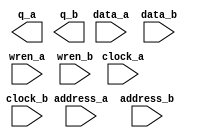
// megafunction wizard: %RAM: 2-PORT%VBB%
// GENERATION: STANDARD
// VERSION: WM1.0
// MODULE: altsyncram 

// ============================================================
// Megafunction Name(s):
// 			altsyncram
//
// Simulation Library Files(s):
// 			altera_mf
// ============================================================
// ************************************************************
// THIS IS A WIZARD-GENERATED FILE. DO NOT EDIT THIS FILE!
//
// 17.0.0 Build 595 04/25/2017 SJ Lite Edition
// ************************************************************

//Copyright (C) 2017  Intel Corporation. All rights reserved.
//Your use of Intel Corporation's design tools, logic functions 
//and other software and tools, and its AMPP partner logic 
//functions, and any output files from any of the foregoing 
//(including device programming or simulation files), and any 
//associated documentation or information are expressly subject 
//to the terms and conditions of the Intel Program License 
//Subscription Agreement, the Intel Quartus Prime License Agreement,
//the Intel MegaCore Function License Agreement, or other 
//applicable license agreement, including, without limitation, 
//that your use is for the sole purpose of programming logic 
//devices manufactured by Intel and sold by Intel or its 
//authorized distributors.  Please refer to the applicable 
//agreement for further details.

module datamem (
	address_a,
	address_b,
	clock_a,
	clock_b,
	data_a,
	data_b,
	wren_a,
	wren_b,
	q_a,
	q_b);

	input	[5:0]  address_a;
	input	[5:0]  address_b;
	input	  clock_a;
	input	  clock_b;
	input	[31:0]  data_a;
	input	[31:0]  data_b;
	input	  wren_a;
	input	  wren_b;
	output	[31:0]  q_a;
	output	[31:0]  q_b;
`ifndef ALTERA_RESERVED_QIS
// synopsys translate_off
`endif
	tri1	  clock_a;
	tri0	  wren_a;
	tri0	  wren_b;
`ifndef ALTERA_RESERVED_QIS
// synopsys translate_on
`endif

endmodule

// ============================================================
// CNX file retrieval info
// ============================================================
// Retrieval info: PRIVATE: ADDRESSSTALL_A NUMERIC "0"
// Retrieval info: PRIVATE: ADDRESSSTALL_B NUMERIC "0"
// Retrieval info: PRIVATE: BYTEENA_ACLR_A NUMERIC "0"
// Retrieval info: PRIVATE: BYTEENA_ACLR_B NUMERIC "0"
// Retrieval info: PRIVATE: BYTE_ENABLE_A NUMERIC "0"
// Retrieval info: PRIVATE: BYTE_ENABLE_B NUMERIC "0"
// Retrieval info: PRIVATE: BYTE_SIZE NUMERIC "8"
// Retrieval info: PRIVATE: BlankMemory NUMERIC "0"
// Retrieval info: PRIVATE: CLOCK_ENABLE_INPUT_A NUMERIC "0"
// Retrieval info: PRIVATE: CLOCK_ENABLE_INPUT_B NUMERIC "0"
// Retrieval info: PRIVATE: CLOCK_ENABLE_OUTPUT_A NUMERIC "0"
// Retrieval info: PRIVATE: CLOCK_ENABLE_OUTPUT_B NUMERIC "0"
// Retrieval info: PRIVATE: CLRdata NUMERIC "0"
// Retrieval info: PRIVATE: CLRq NUMERIC "0"
// Retrieval info: PRIVATE: CLRrdaddress NUMERIC "0"
// Retrieval info: PRIVATE: CLRrren NUMERIC "0"
// Retrieval info: PRIVATE: CLRwraddress NUMERIC "0"
// Retrieval info: PRIVATE: CLRwren NUMERIC "0"
// Retrieval info: PRIVATE: Clock NUMERIC "5"
// Retrieval info: PRIVATE: Clock_A NUMERIC "0"
// Retrieval info: PRIVATE: Clock_B NUMERIC "0"
// Retrieval info: PRIVATE: IMPLEMENT_IN_LES NUMERIC "0"
// Retrieval info: PRIVATE: INDATA_ACLR_B NUMERIC "0"
// Retrieval info: PRIVATE: INDATA_REG_B NUMERIC "1"
// Retrieval info: PRIVATE: INIT_FILE_LAYOUT STRING "PORT_A"
// Retrieval info: PRIVATE: INIT_TO_SIM_X NUMERIC "0"
// Retrieval info: PRIVATE: INTENDED_DEVICE_FAMILY STRING "Cyclone V"
// Retrieval info: PRIVATE: JTAG_ENABLED NUMERIC "0"
// Retrieval info: PRIVATE: JTAG_ID STRING "NONE"
// Retrieval info: PRIVATE: MAXIMUM_DEPTH NUMERIC "0"
// Retrieval info: PRIVATE: MEMSIZE NUMERIC "2048"
// Retrieval info: PRIVATE: MEM_IN_BITS NUMERIC "0"
// Retrieval info: PRIVATE: MIFfilename STRING "../data.mif"
// Retrieval info: PRIVATE: OPERATION_MODE NUMERIC "3"
// Retrieval info: PRIVATE: OUTDATA_ACLR_B NUMERIC "0"
// Retrieval info: PRIVATE: OUTDATA_REG_B NUMERIC "1"
// Retrieval info: PRIVATE: RAM_BLOCK_TYPE NUMERIC "0"
// Retrieval info: PRIVATE: READ_DURING_WRITE_MODE_MIXED_PORTS NUMERIC "2"
// Retrieval info: PRIVATE: READ_DURING_WRITE_MODE_PORT_A NUMERIC "3"
// Retrieval info: PRIVATE: READ_DURING_WRITE_MODE_PORT_B NUMERIC "3"
// Retrieval info: PRIVATE: REGdata NUMERIC "1"
// Retrieval info: PRIVATE: REGq NUMERIC "1"
// Retrieval info: PRIVATE: REGrdaddress NUMERIC "0"
// Retrieval info: PRIVATE: REGrren NUMERIC "0"
// Retrieval info: PRIVATE: REGwraddress NUMERIC "1"
// Retrieval info: PRIVATE: REGwren NUMERIC "1"
// Retrieval info: PRIVATE: SYNTH_WRAPPER_GEN_POSTFIX STRING "0"
// Retrieval info: PRIVATE: USE_DIFF_CLKEN NUMERIC "0"
// Retrieval info: PRIVATE: UseDPRAM NUMERIC "1"
// Retrieval info: PRIVATE: VarWidth NUMERIC "0"
// Retrieval info: PRIVATE: WIDTH_READ_A NUMERIC "32"
// Retrieval info: PRIVATE: WIDTH_READ_B NUMERIC "32"
// Retrieval info: PRIVATE: WIDTH_WRITE_A NUMERIC "32"
// Retrieval info: PRIVATE: WIDTH_WRITE_B NUMERIC "32"
// Retrieval info: PRIVATE: WRADDR_ACLR_B NUMERIC "0"
// Retrieval info: PRIVATE: WRADDR_REG_B NUMERIC "1"
// Retrieval info: PRIVATE: WRCTRL_ACLR_B NUMERIC "0"
// Retrieval info: PRIVATE: enable NUMERIC "0"
// Retrieval info: PRIVATE: rden NUMERIC "0"
// Retrieval info: LIBRARY: altera_mf altera_mf.altera_mf_components.all
// Retrieval info: CONSTANT: ADDRESS_REG_B STRING "CLOCK1"
// Retrieval info: CONSTANT: CLOCK_ENABLE_INPUT_A STRING "BYPASS"
// Retrieval info: CONSTANT: CLOCK_ENABLE_INPUT_B STRING "BYPASS"
// Retrieval info: CONSTANT: CLOCK_ENABLE_OUTPUT_A STRING "BYPASS"
// Retrieval info: CONSTANT: CLOCK_ENABLE_OUTPUT_B STRING "BYPASS"
// Retrieval info: CONSTANT: INDATA_REG_B STRING "CLOCK1"
// Retrieval info: CONSTANT: INIT_FILE STRING "../data.mif"
// Retrieval info: CONSTANT: INTENDED_DEVICE_FAMILY STRING "Cyclone V"
// Retrieval info: CONSTANT: LPM_TYPE STRING "altsyncram"
// Retrieval info: CONSTANT: NUMWORDS_A NUMERIC "64"
// Retrieval info: CONSTANT: NUMWORDS_B NUMERIC "64"
// Retrieval info: CONSTANT: OPERATION_MODE STRING "BIDIR_DUAL_PORT"
// Retrieval info: CONSTANT: OUTDATA_ACLR_A STRING "NONE"
// Retrieval info: CONSTANT: OUTDATA_ACLR_B STRING "NONE"
// Retrieval info: CONSTANT: OUTDATA_REG_A STRING "CLOCK0"
// Retrieval info: CONSTANT: OUTDATA_REG_B STRING "CLOCK1"
// Retrieval info: CONSTANT: POWER_UP_UNINITIALIZED STRING "FALSE"
// Retrieval info: CONSTANT: READ_DURING_WRITE_MODE_PORT_A STRING "NEW_DATA_NO_NBE_READ"
// Retrieval info: CONSTANT: READ_DURING_WRITE_MODE_PORT_B STRING "NEW_DATA_NO_NBE_READ"
// Retrieval info: CONSTANT: WIDTHAD_A NUMERIC "6"
// Retrieval info: CONSTANT: WIDTHAD_B NUMERIC "6"
// Retrieval info: CONSTANT: WIDTH_A NUMERIC "32"
// Retrieval info: CONSTANT: WIDTH_B NUMERIC "32"
// Retrieval info: CONSTANT: WIDTH_BYTEENA_A NUMERIC "1"
// Retrieval info: CONSTANT: WIDTH_BYTEENA_B NUMERIC "1"
// Retrieval info: CONSTANT: WRCONTROL_WRADDRESS_REG_B STRING "CLOCK1"
// Retrieval info: USED_PORT: address_a 0 0 6 0 INPUT NODEFVAL "address_a[5..0]"
// Retrieval info: USED_PORT: address_b 0 0 6 0 INPUT NODEFVAL "address_b[5..0]"
// Retrieval info: USED_PORT: clock_a 0 0 0 0 INPUT VCC "clock_a"
// Retrieval info: USED_PORT: clock_b 0 0 0 0 INPUT NODEFVAL "clock_b"
// Retrieval info: USED_PORT: data_a 0 0 32 0 INPUT NODEFVAL "data_a[31..0]"
// Retrieval info: USED_PORT: data_b 0 0 32 0 INPUT NODEFVAL "data_b[31..0]"
// Retrieval info: USED_PORT: q_a 0 0 32 0 OUTPUT NODEFVAL "q_a[31..0]"
// Retrieval info: USED_PORT: q_b 0 0 32 0 OUTPUT NODEFVAL "q_b[31..0]"
// Retrieval info: USED_PORT: wren_a 0 0 0 0 INPUT GND "wren_a"
// Retrieval info: USED_PORT: wren_b 0 0 0 0 INPUT GND "wren_b"
// Retrieval info: CONNECT: @address_a 0 0 6 0 address_a 0 0 6 0
// Retrieval info: CONNECT: @address_b 0 0 6 0 address_b 0 0 6 0
// Retrieval info: CONNECT: @clock0 0 0 0 0 clock_a 0 0 0 0
// Retrieval info: CONNECT: @clock1 0 0 0 0 clock_b 0 0 0 0
// Retrieval info: CONNECT: @data_a 0 0 32 0 data_a 0 0 32 0
// Retrieval info: CONNECT: @data_b 0 0 32 0 data_b 0 0 32 0
// Retrieval info: CONNECT: @wren_a 0 0 0 0 wren_a 0 0 0 0
// Retrieval info: CONNECT: @wren_b 0 0 0 0 wren_b 0 0 0 0
// Retrieval info: CONNECT: q_a 0 0 32 0 @q_a 0 0 32 0
// Retrieval info: CONNECT: q_b 0 0 32 0 @q_b 0 0 32 0
// Retrieval info: GEN_FILE: TYPE_NORMAL datamem.v TRUE
// Retrieval info: GEN_FILE: TYPE_NORMAL datamem.inc TRUE
// Retrieval info: GEN_FILE: TYPE_NORMAL datamem.cmp TRUE
// Retrieval info: GEN_FILE: TYPE_NORMAL datamem.bsf TRUE
// Retrieval info: GEN_FILE: TYPE_NORMAL datamem_inst.v TRUE
// Retrieval info: GEN_FILE: TYPE_NORMAL datamem_bb.v TRUE
// Retrieval info: LIB_FILE: altera_mf